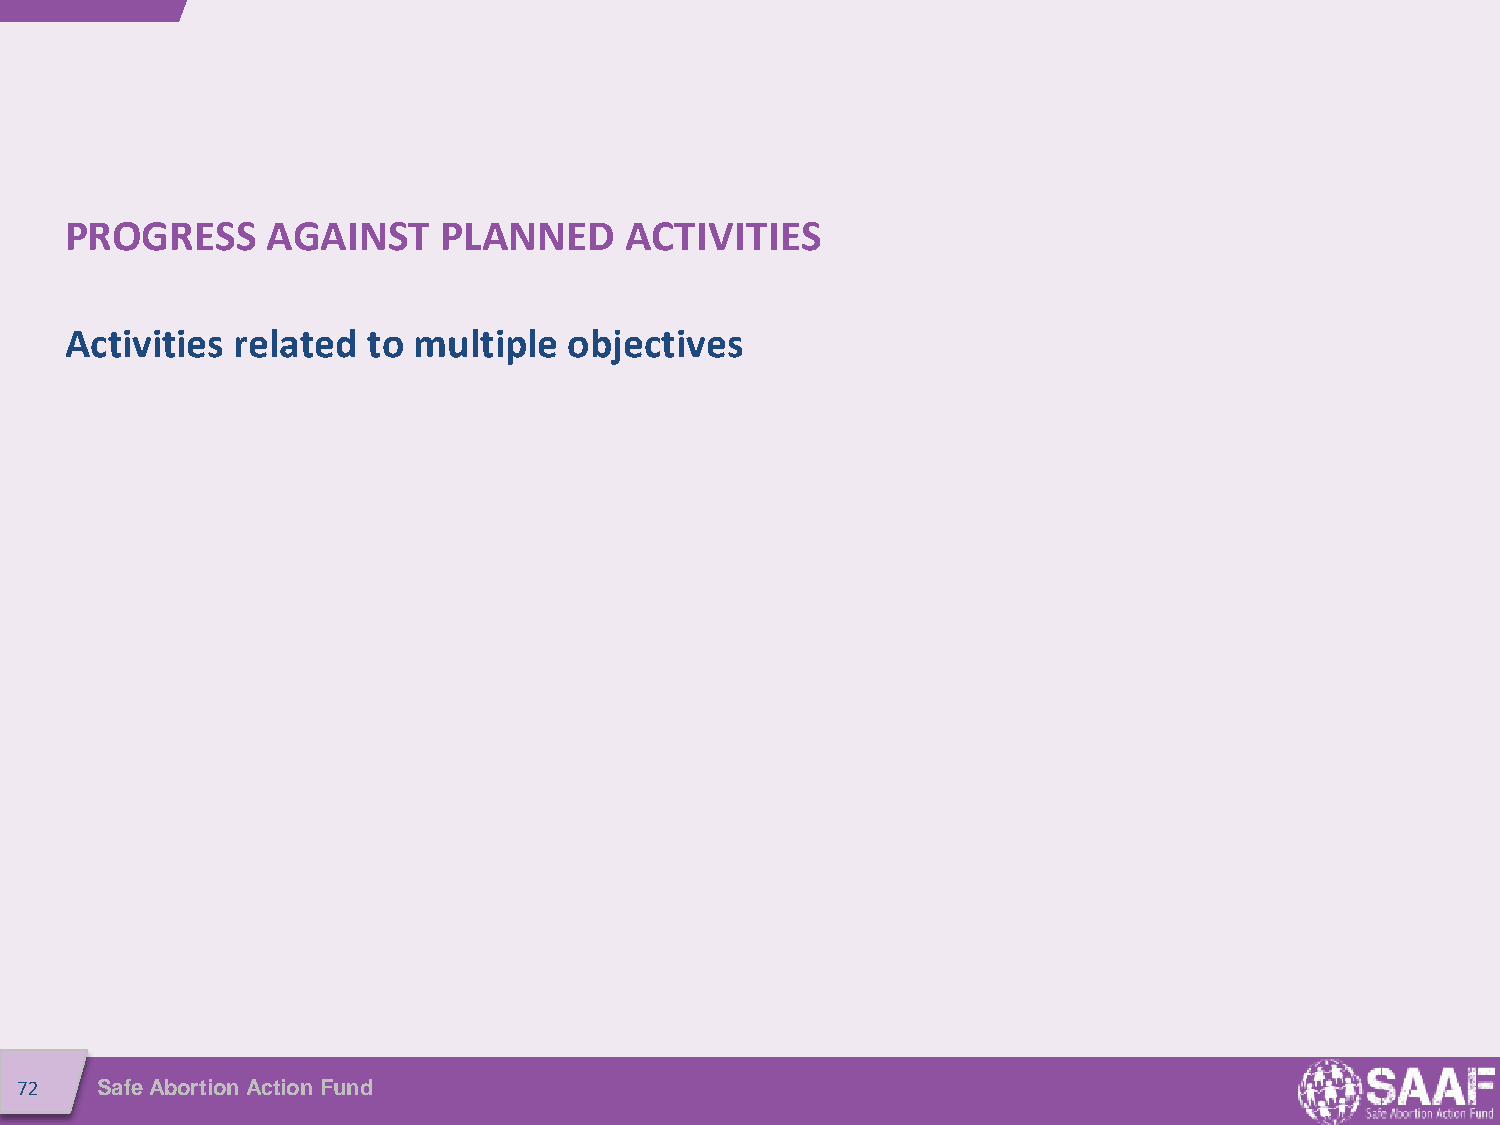
PROGRESS      AGAINST    PLANNED     ACTIVITIES
 Activities related  to multiple   objectives
 72   Safe Abortion Action Fund